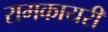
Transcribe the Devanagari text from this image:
रामकायरी